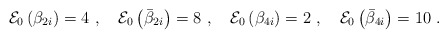
\begin{align*}{\cal E}_0\left( \beta_{2i}\right) = 4 ~,~~~{\cal E}_0\left( \bar\beta_{2i}\right) = 8 ~,~~~{\cal E}_0\left( \beta_{4i}\right) = 2 ~,~~~{\cal E}_0\left( \bar\beta_{4i}\right) = 10~.\end{align*}